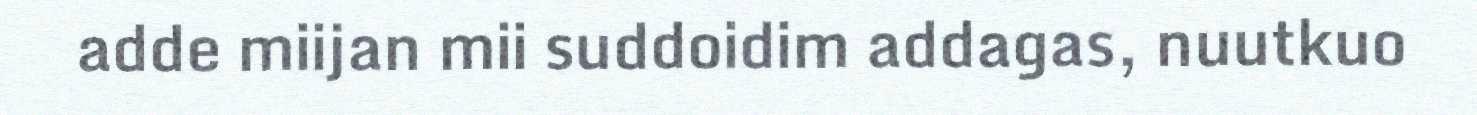
adde miijan mii suddoidim addagas, nuutkuo